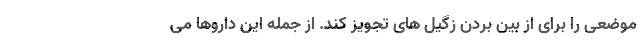
موضعی را برای از بین بردن زگیل های تجویز کند. از جمله این داروها می